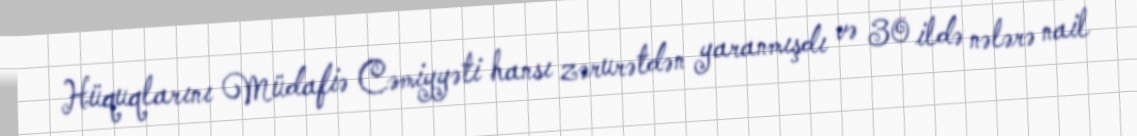
Hüquqlarını Müdafiə Cəmiyyəti hansı zərurətdən yaranmışdı və 30 ildə nələrə nail